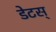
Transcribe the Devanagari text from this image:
डेटस्‌